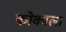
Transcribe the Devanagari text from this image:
कोकाला